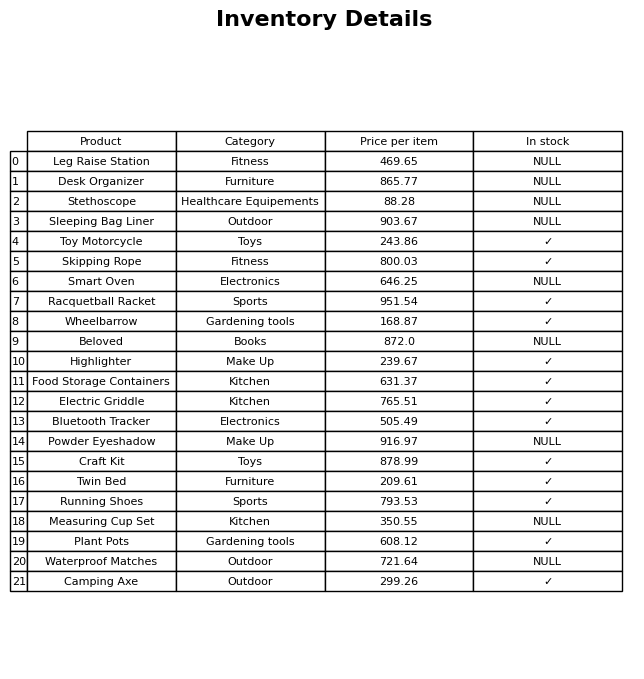
question: What is the price of the Running Shoes?
answer: The price of Running Shoes is 793.53.